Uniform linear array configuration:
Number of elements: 8
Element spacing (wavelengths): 0.5
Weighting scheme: uniform
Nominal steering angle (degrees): -45
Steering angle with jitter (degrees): -43.437
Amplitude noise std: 0.05
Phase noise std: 0.05

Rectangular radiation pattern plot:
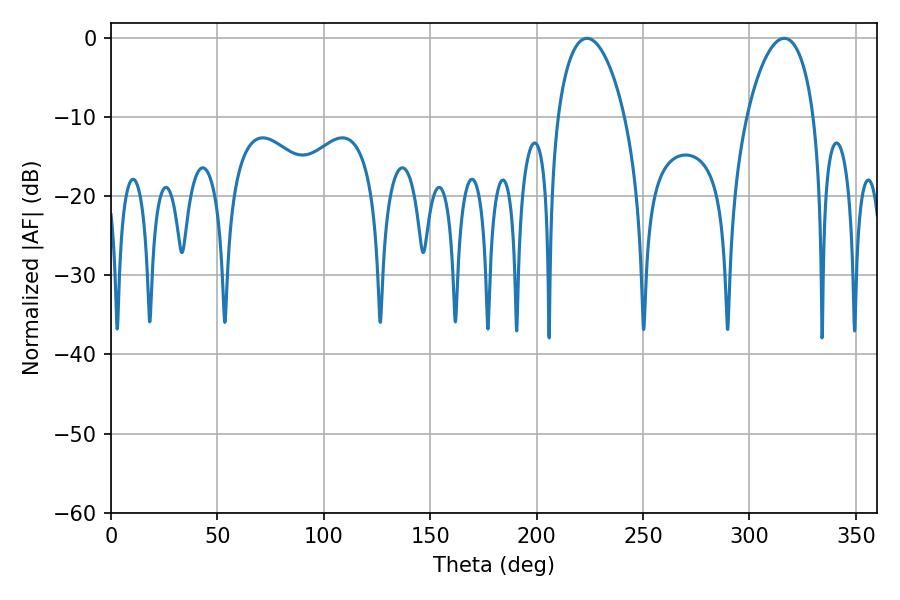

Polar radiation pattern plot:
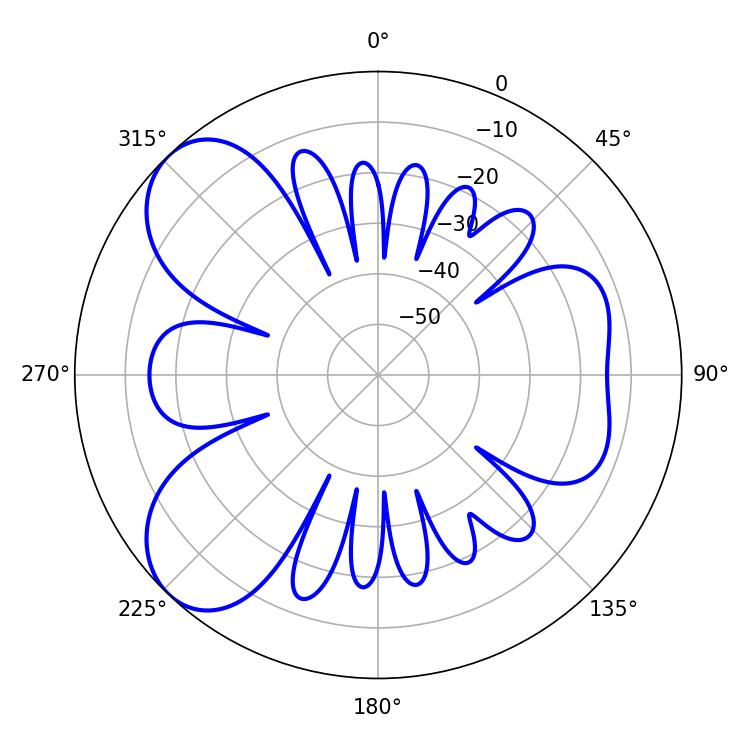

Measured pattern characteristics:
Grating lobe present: FALSE
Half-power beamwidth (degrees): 18
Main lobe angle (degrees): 223.56